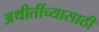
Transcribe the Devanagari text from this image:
अथीतींच्यासाठी